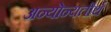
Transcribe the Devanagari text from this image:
अन्योन्यतीर्थ